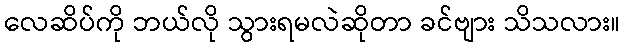
လေဆိပ်ကို ဘယ်လို သွားရမလဲဆိုတာ ခင်ဗျား သိသလား။